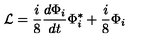
{ \cal { L } } = \frac { i } { 8 } \frac { d \Phi _ { i } } { d t } \Phi _ { i } ^ { * } + \frac { i } { 8 } \Phi _ { i }